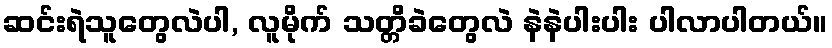
ဆင်းရဲသူတွေလဲပါ, လူမိုက် သတ္တိခဲတွေလဲ နဲနဲပါးပါး ပါလာပါတယ်။